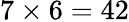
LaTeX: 7\times 6=42